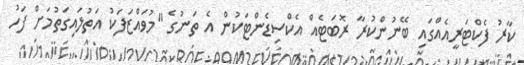
ކާރު ފެކްޓަރީއެއްގައި ބޭނުންކުރާ ރޮބަޓެއް އެކްސިޑެންޓަކުން އެ ތަނުގެ "މުވައްޒަފަކު އަތުލައިގަތުމަށް ފަހު